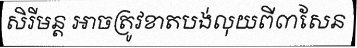
សិរីមន្ត អាចត្រូវខាតបង់លុយពី៣សែន